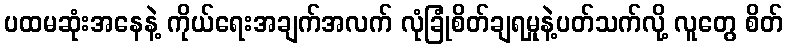
ပထမဆုံးအနေနဲ့ ကိုယ်ရေးအချက်အလက် လုံခြုံစိတ်ချရမှုနဲ့ပတ်သက်လို့ လူတွေ စိတ်